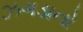
ઝગડાનો